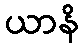
ယာနိ